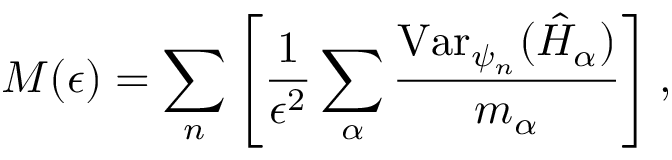
M ( \epsilon ) = \sum _ { n } \left[ \frac { 1 } { \epsilon ^ { 2 } } \sum _ { \alpha } \frac { \mathrm { V a r } _ { \psi _ { n } } ( \hat { H } _ { \alpha } ) } { m _ { \alpha } } \right] ,